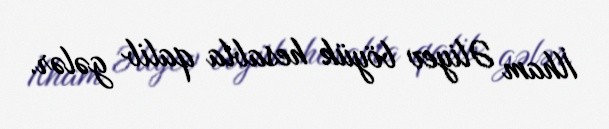
İlham Əliyev böyük hesabla qalib gələr.